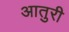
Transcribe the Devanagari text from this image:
आतुरी